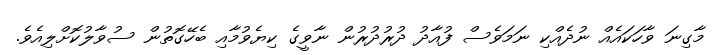
މާގިނަ ވާހަކައެއް ނުދެއްކި ނަމަވެސް ފުއާދު ދުރުދުރުން ނާވީގެ ކިޔެވުމާއި ބެހޭގޮތުން ސުވާލުކޮށްލިއެވެ.